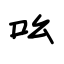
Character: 吆